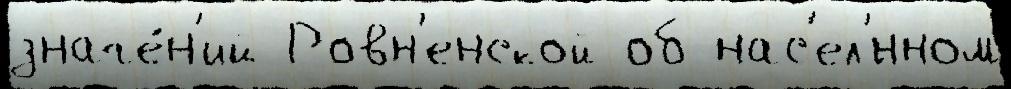
значе́н'ий Ровн'енской об нас'ел'́нном